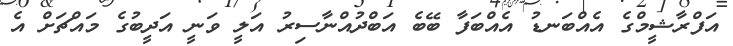
އަފްރާޝީމްގެ އެއްބަނޑު އެއްބަފާ ބޭބެ އަބްދުއްނާސިރު އަލީ ވަނީ އަދީބުގެ މައްޗަށް އެ